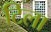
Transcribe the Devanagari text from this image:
टिला